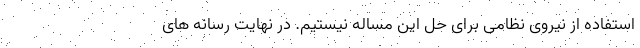
استفاده از نیروی نظامی برای حل این مساله نیستیم. در نهایت رسانه های